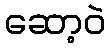
ဆော့ဝဲ